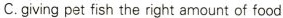
C.giving pet fish the right amount of food